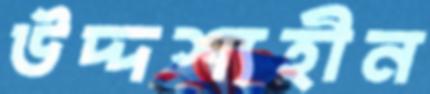
উদ্দশ্যহীন